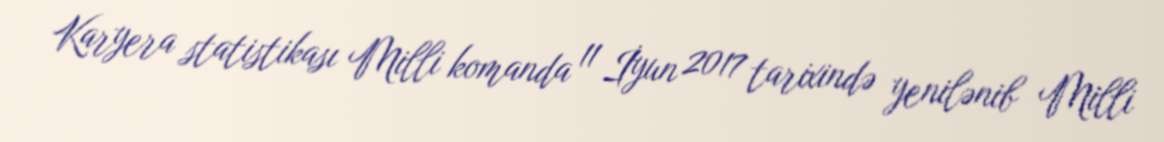
Karyera statistikası Milli komanda 11 İyun 2017 tarixində yenilənib Milli